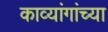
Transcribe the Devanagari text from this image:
काव्यांगांच्या